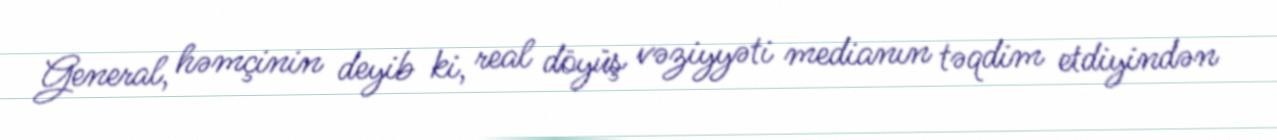
General, həmçinin deyib ki, real döyüş vəziyyəti medianın təqdim etdiyindən